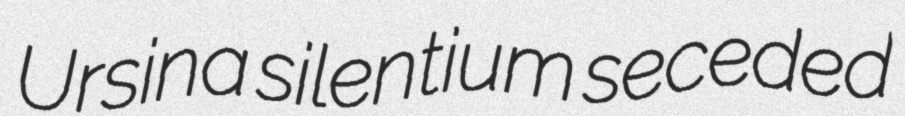
Ursina silentium seceded